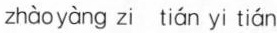
zhàoyàng zi tián yi tián